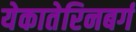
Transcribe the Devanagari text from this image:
येकातेरिनबर्ग